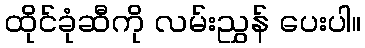
ထိုင်ခုံဆီကို လမ်းညွှန် ပေးပါ။